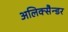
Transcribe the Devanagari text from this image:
अलिक्सैन्डर